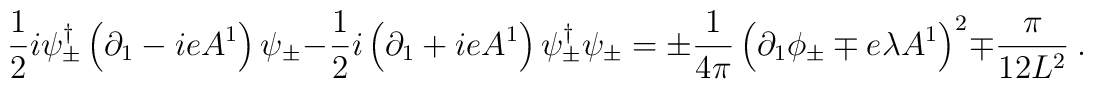
\frac{1}{2}i\psi^\dagger_\pm\left(\partial_1-ieA^1\right)\psi_\pm-\frac{1}{2}i\left(\partial_1+ieA^1\right)\psi^\dagger_\pm\psi_\pm=\pm\frac{1}{4\pi}\left(\partial_1\phi_\pm\mp e\lambda A^1\right)^2\mp\frac{\pi}{12L^2}\ .